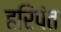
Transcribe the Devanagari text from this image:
हरिपंत